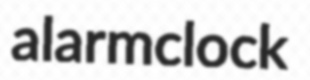
alarmclock